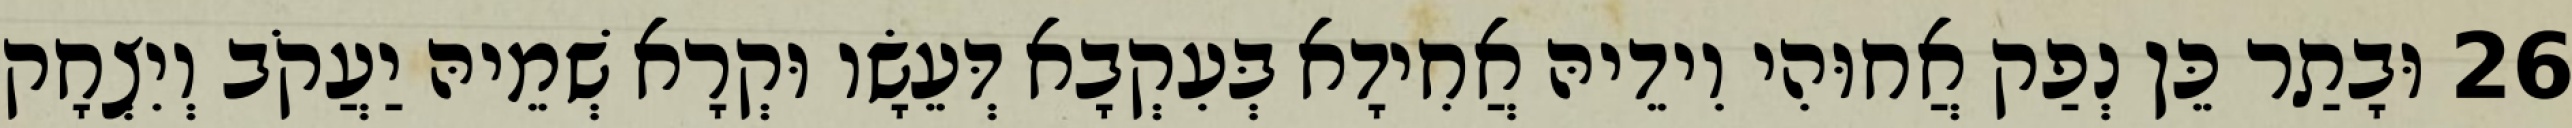
26 וּבָתַר כֵּן נְפַק אֲחוּהִי וִידֵיהּ אֲחִידָא בְּעִקְבָא דְּעֵשָׂו וּקְרָא שְׁמֵיהּ יַעֲקֹב וְיִצְחָק